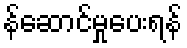
န်ဆောင်မှုပေးရန်